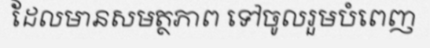
ដែលមានសមត្ថភាព ទៅចូលរួមបំពេញ